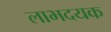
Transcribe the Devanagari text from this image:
लाभदयक